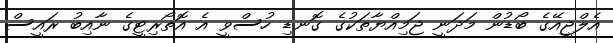
އެލްޖީއޭގެ ބޯޑުން މަދަނީ ޖަމިއްޔާތަކުގެ ގޮނޑި ހުސްވީ އެ އޮތޯރިޓީގެ ނާއިބު ރައީސް